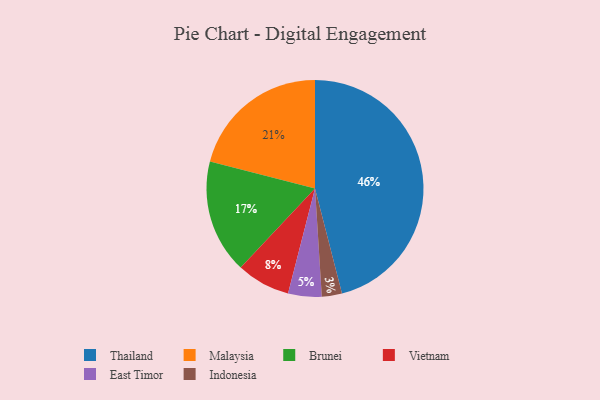
{"axis": {"x": "Category", "y": "Percentage"}, "legend": ["Brunei", "East Timor", "Indonesia", "Malaysia", "Thailand", "Vietnam"], "data": [{"x": "Malaysia", "y": 21, "type": "Malaysia"}, {"x": "Indonesia", "y": 3, "type": "Indonesia"}, {"x": "East Timor", "y": 5, "type": "East Timor"}, {"x": "Vietnam", "y": 8, "type": "Vietnam"}, {"x": "Brunei", "y": 17, "type": "Brunei"}, {"x": "Thailand", "y": 46, "type": "Thailand"}]}